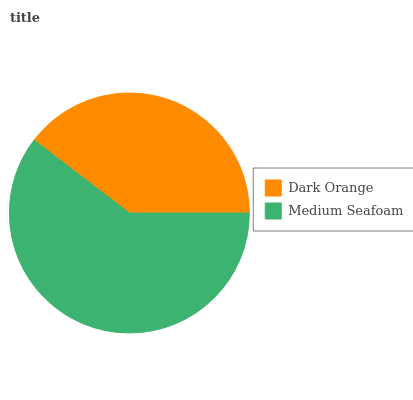
| Dark Orange | Medium Seafoam |
 | --- | --- |
 | 39.6% | 60.4% |